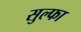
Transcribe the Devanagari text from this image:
सुल्फा